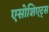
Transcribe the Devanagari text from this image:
एसोशिएट्स